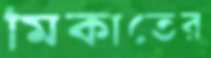
মিকাতের